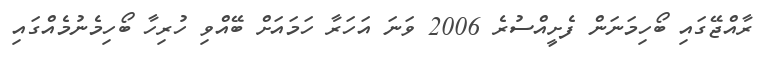
ރާއްޖޭގައި ބޯހިމަނަން ފެށީއްސުރެ 2006 ވަނަ އަހަރާ ހަމައަށް ބޭއްވި ހުރިހާ ބޯހިމެނުމެއްގައި